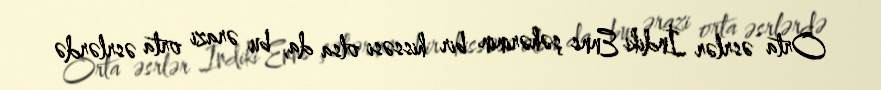
Orta əsrlər İndiki Enns şəhərinin bir hissəsi olsa da, bu ərazi orta əsrlərdə